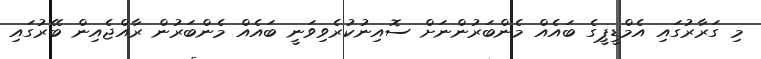
މި ގަރާރުގައި އެމްޑީޕީގެ ބައެއް މެންބަރުންނަށް ސޮއިނުކުރެވިވަނީ ބައެއް މެންބަރުން ރާއްޖެއިން ބޭރުގައި